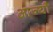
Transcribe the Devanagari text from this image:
आज्यौ